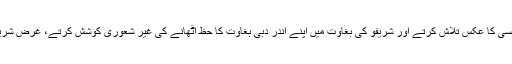
گائوں کے لوگ شریفو کی بے بسی میں اپنی بے بسی کا عکس تلاش کرتے اور شریفو کی بغاوت میں اپنے اندر دبی بغاوت کا حظ اٹھانے کی غیر شعوری کوشش کرتے، غرض شریفو کا بیانیہ گائوں کے لوگوں میں گھر کرنے لگا۔